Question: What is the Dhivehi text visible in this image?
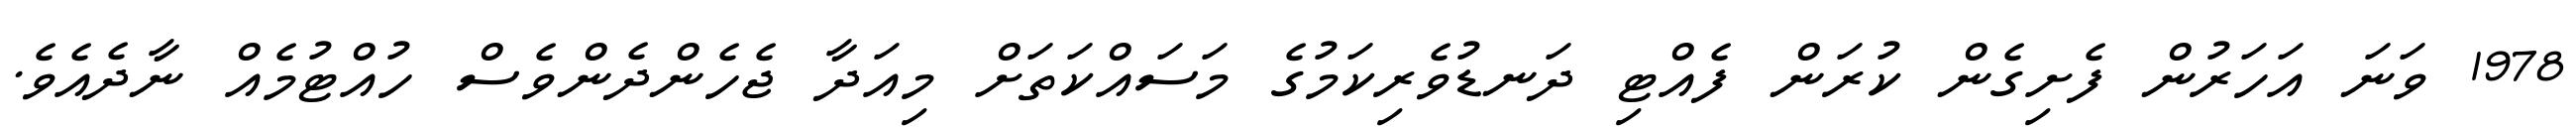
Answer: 1978 ވަނަ އަހަރުން ފެށިގެން ކުރަން ފެއްޓި ދަނޑުވެރިކަމުގެ މަސައްކަތަށް މިއަދާ ޖެހެންދެންވެސް ހުއްޓުމެއް ނާދެއެވެ.